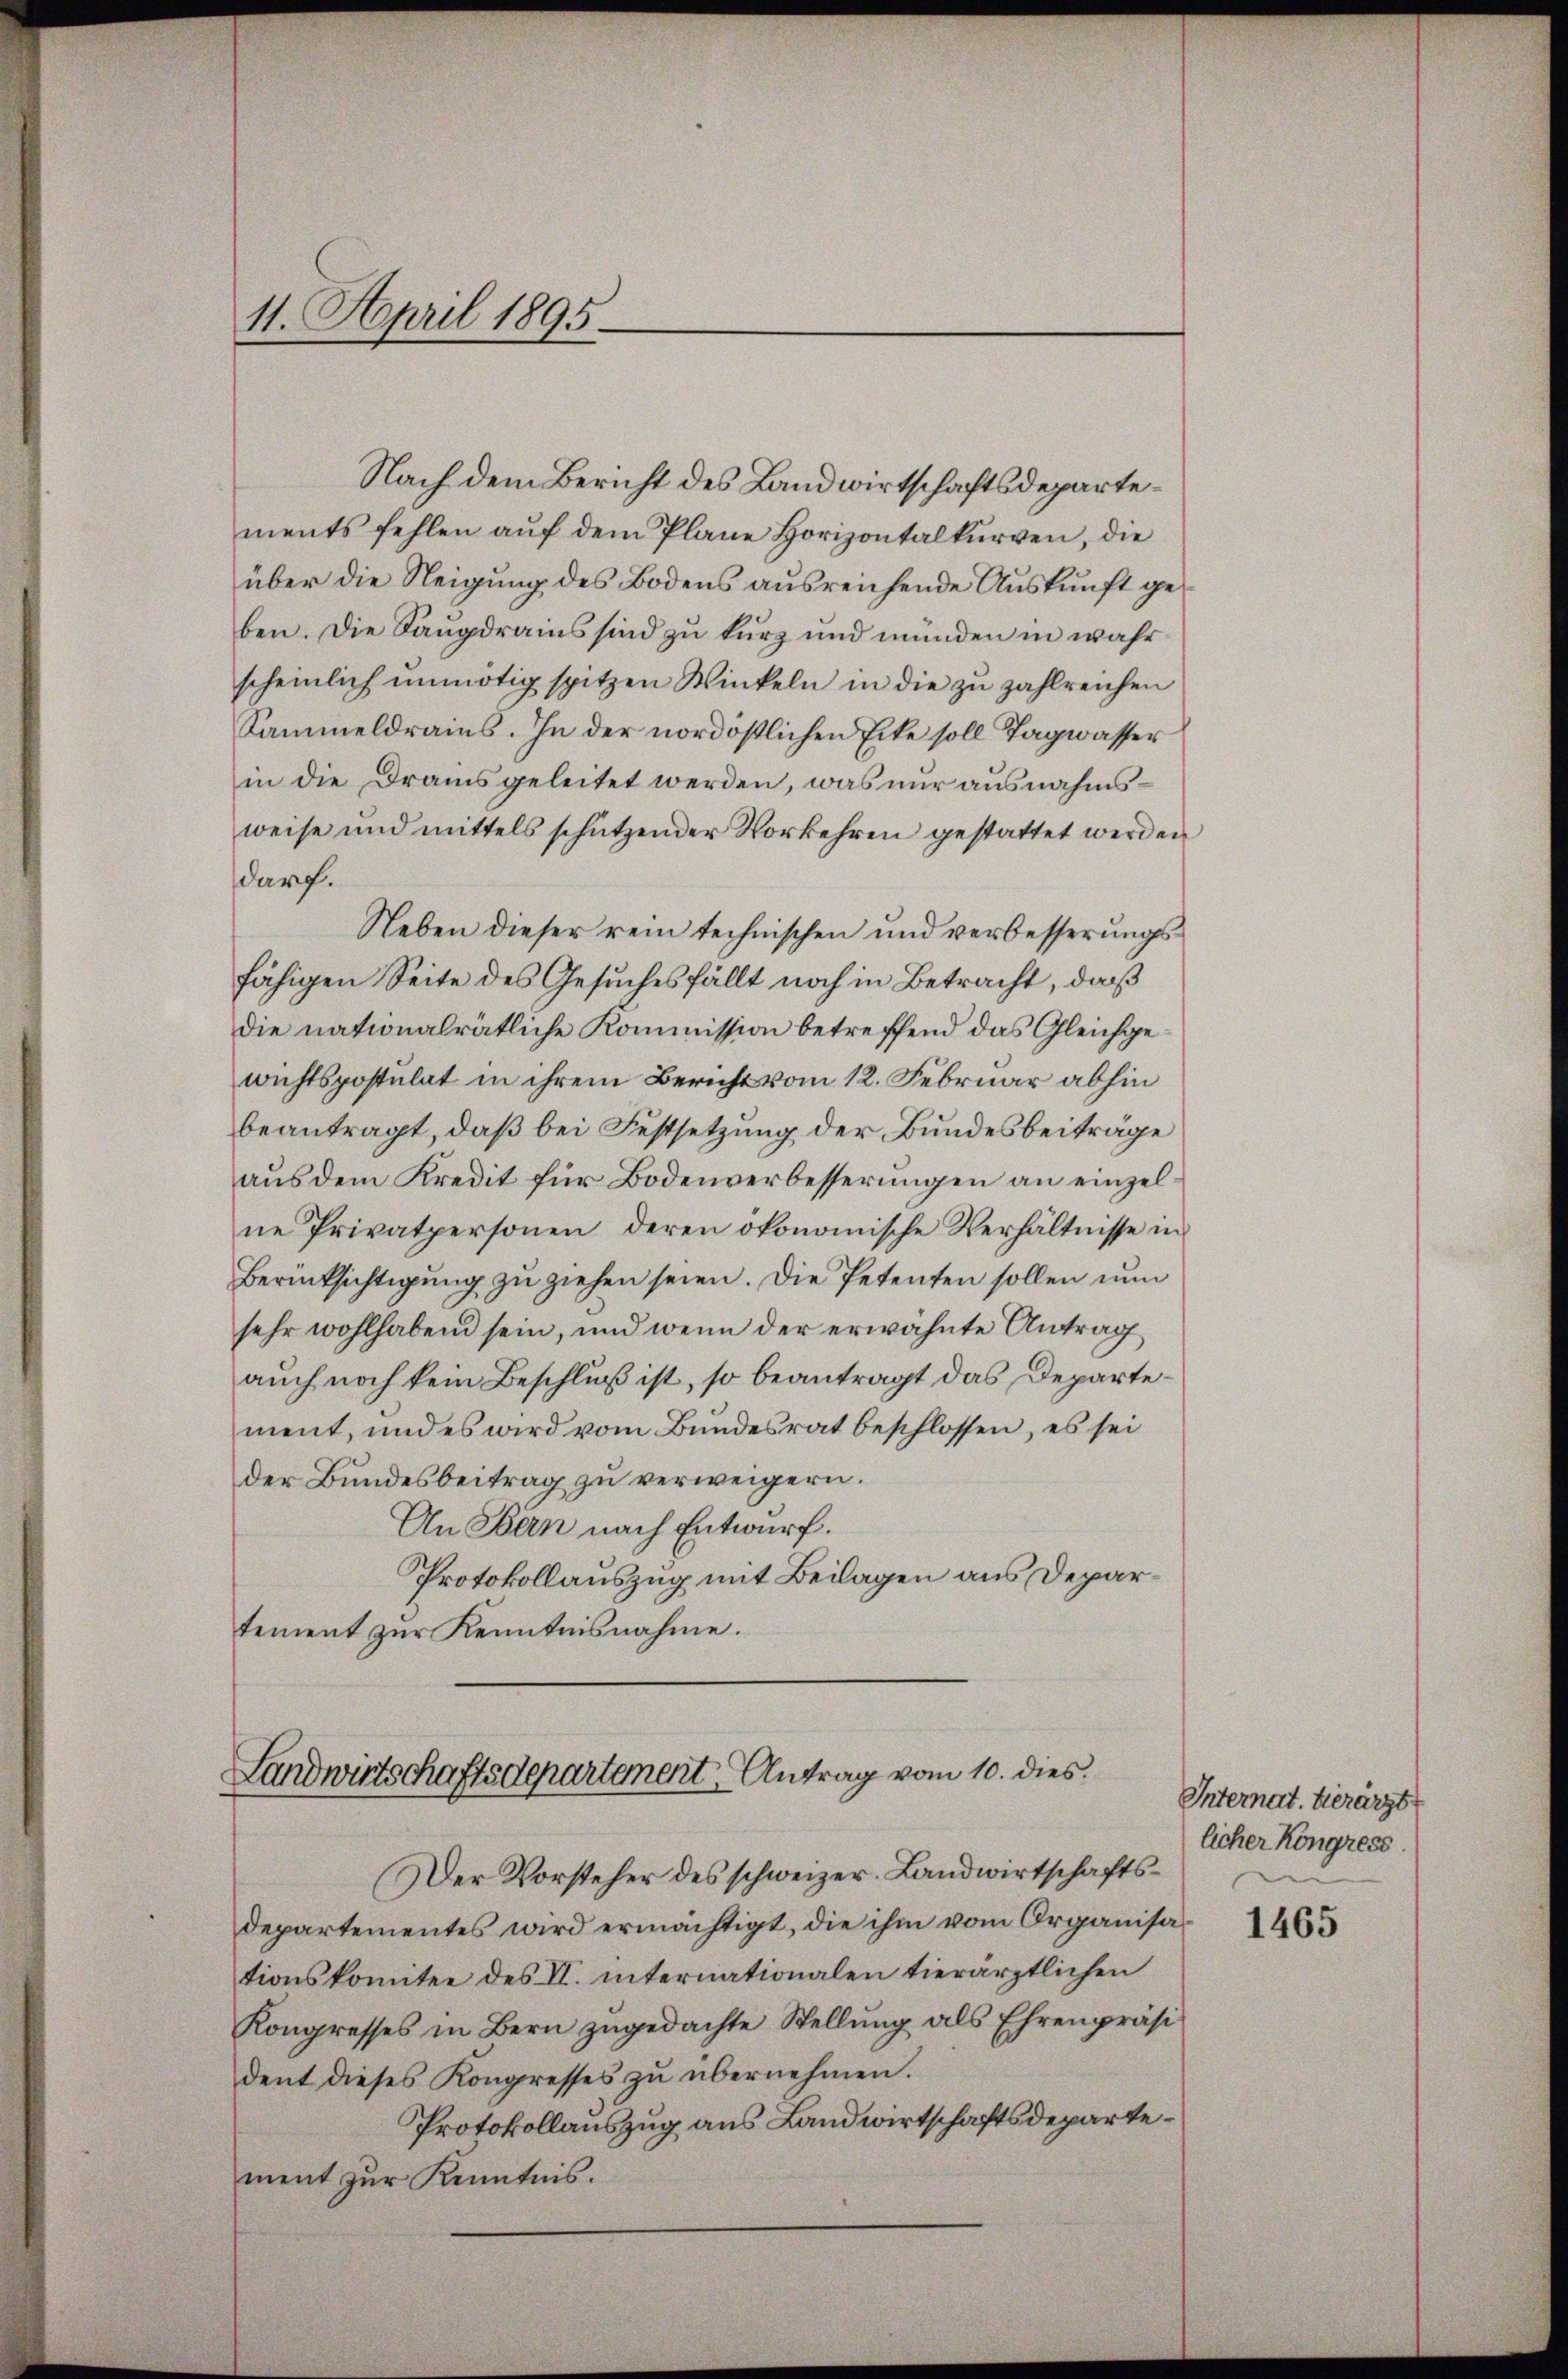
11. April 1895.

Nach dem Bericht des Landwirtschaftsdepartements fehlen auf dem Plane Horizontalkurven, die
über die Neigung des Bodens ausreichende Auskunft geben. Die Saugdrains sind zu kurz und münden in wahr
scheinlich unnötig spitzen Winkeln in die zu zahlreichen
Sammeldrains. In der nordöstlichen Ecke soll Tagwasser
in die Drams geleitet werden, was nur ausnahmsweise und mittels schützender Vorkehren gestattet werden
darf.
Neben dieser rein technischen und verbesserungsfähigen Seite des Gesuches fällt noch in Betracht, daß
die nationalrätliche Kommission betreffend das Gleichgewichtspostulat in ihrem Bericht vom 12. Februar abhin
beantragt, daß bei Festsetzung der Bundesbeiträge
aus dem Kredit für Bodenverbesserungen an einzelne Privatpersonen deren ökonomische Verhältnisse in
Berücksichtigung zu ziehen seien. Die Petenten sollen nun
sehr wohlhabend sein, und wenn der erwähnte Antrag
auch noch kein Beschluß ist, so beantragt das Departement, und es wird vom Bundesrat beschlossen, es sei
der Bundesbeitrag zu verweigern.
An Bern nach Entwurf.
Protokollauszug mit Beilagen aus Departement zur Kenntnisnahme.

Landwirtschaftsdepartement Antrag vom 10. dies

Der Vorsteher des schweizer. Landwirtschaftsdepartementes wird ermächtigt, die ihm vom Organisationskomitee des II. internationalen tierärztlichen
Kongresses in Bern zŭgedachte Stellŭng als Ehrenpräsi
dent dieses Kongresses zu übernehmen.
Protokollauszug aus Landwirtschaftsdepartement zur Kenntnis.

Internat. Hierärzt
licher Kongress

1465